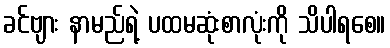
ခင်ဗျား နာမည်ရဲ့ ပထမဆုံးစာလုံးကို သိပါရစေ။